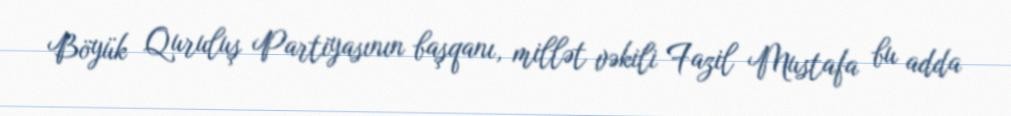
Böyük Quruluş Partiyasının başqanı, millət vəkili Fazil Mustafa bu adda